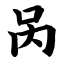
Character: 呙